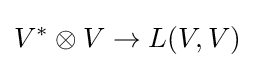
V^{*}\otimes V\rightarrow L(V,V)